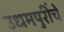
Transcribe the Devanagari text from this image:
उधमपुरींचे